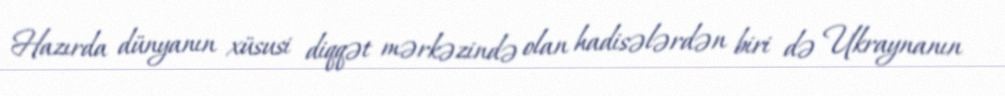
Hazırda dünyanın xüsusi diqqət mərkəzində olan hadisələrdən biri də Ukraynanın